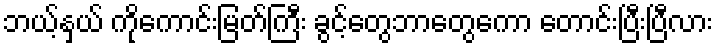
ဘယ့်နှယ် ကိုကောင်းမြတ်ကြီး ခွင့်တွေဘာတွေကော တောင်းပြီးပြီလား